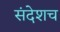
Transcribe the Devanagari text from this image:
संदेशच